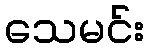
သေမင်း